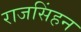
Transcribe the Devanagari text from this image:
राजसिंहन